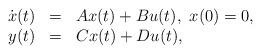
LaTeX: \begin{align*} \begin{array}{rcl} \dot x(t) & = & Ax(t) + B u(t),\ x(0)=0,\\y(t)&=& Cx(t)+Du(t),\end{array}\end{align*}